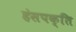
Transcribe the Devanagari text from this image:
हंसपक्ति